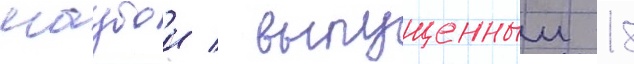
маубои / выпущенныи 18